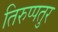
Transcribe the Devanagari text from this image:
तिरुप्पतुर